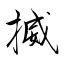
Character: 揻